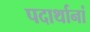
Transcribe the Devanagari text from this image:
पदार्थानां